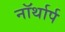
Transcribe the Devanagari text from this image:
नॉर्थार्प